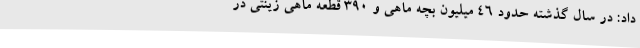
داد: در سال گذشته حدود 46 میلیون بچه ماهی و 390 قطعه ماهی زینتی در